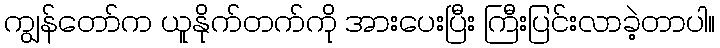
ကျွန်တော်က ယူနိုက်တက်ကို အားပေးပြီး ကြီးပြင်းလာခဲ့တာပါ။